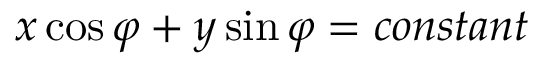
x \cos \varphi + y \sin \varphi = c o n s t a n t